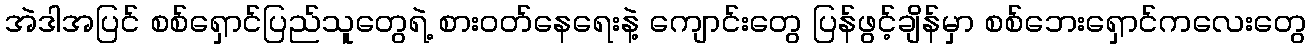
အဲဒါအပြင် စစ်ရှောင်ပြည်သူတွေရဲ့ စားဝတ်နေရေးနဲ့ ကျောင်းတွေ ပြန်ဖွင့်ချိန်မှာ စစ်ဘေးရှောင်ကလေးတွေ